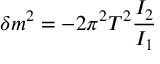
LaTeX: \delta m ^ { 2 } = - 2 \pi ^ { 2 } T ^ { 2 } \frac { I _ { 2 } } { I _ { 1 } }